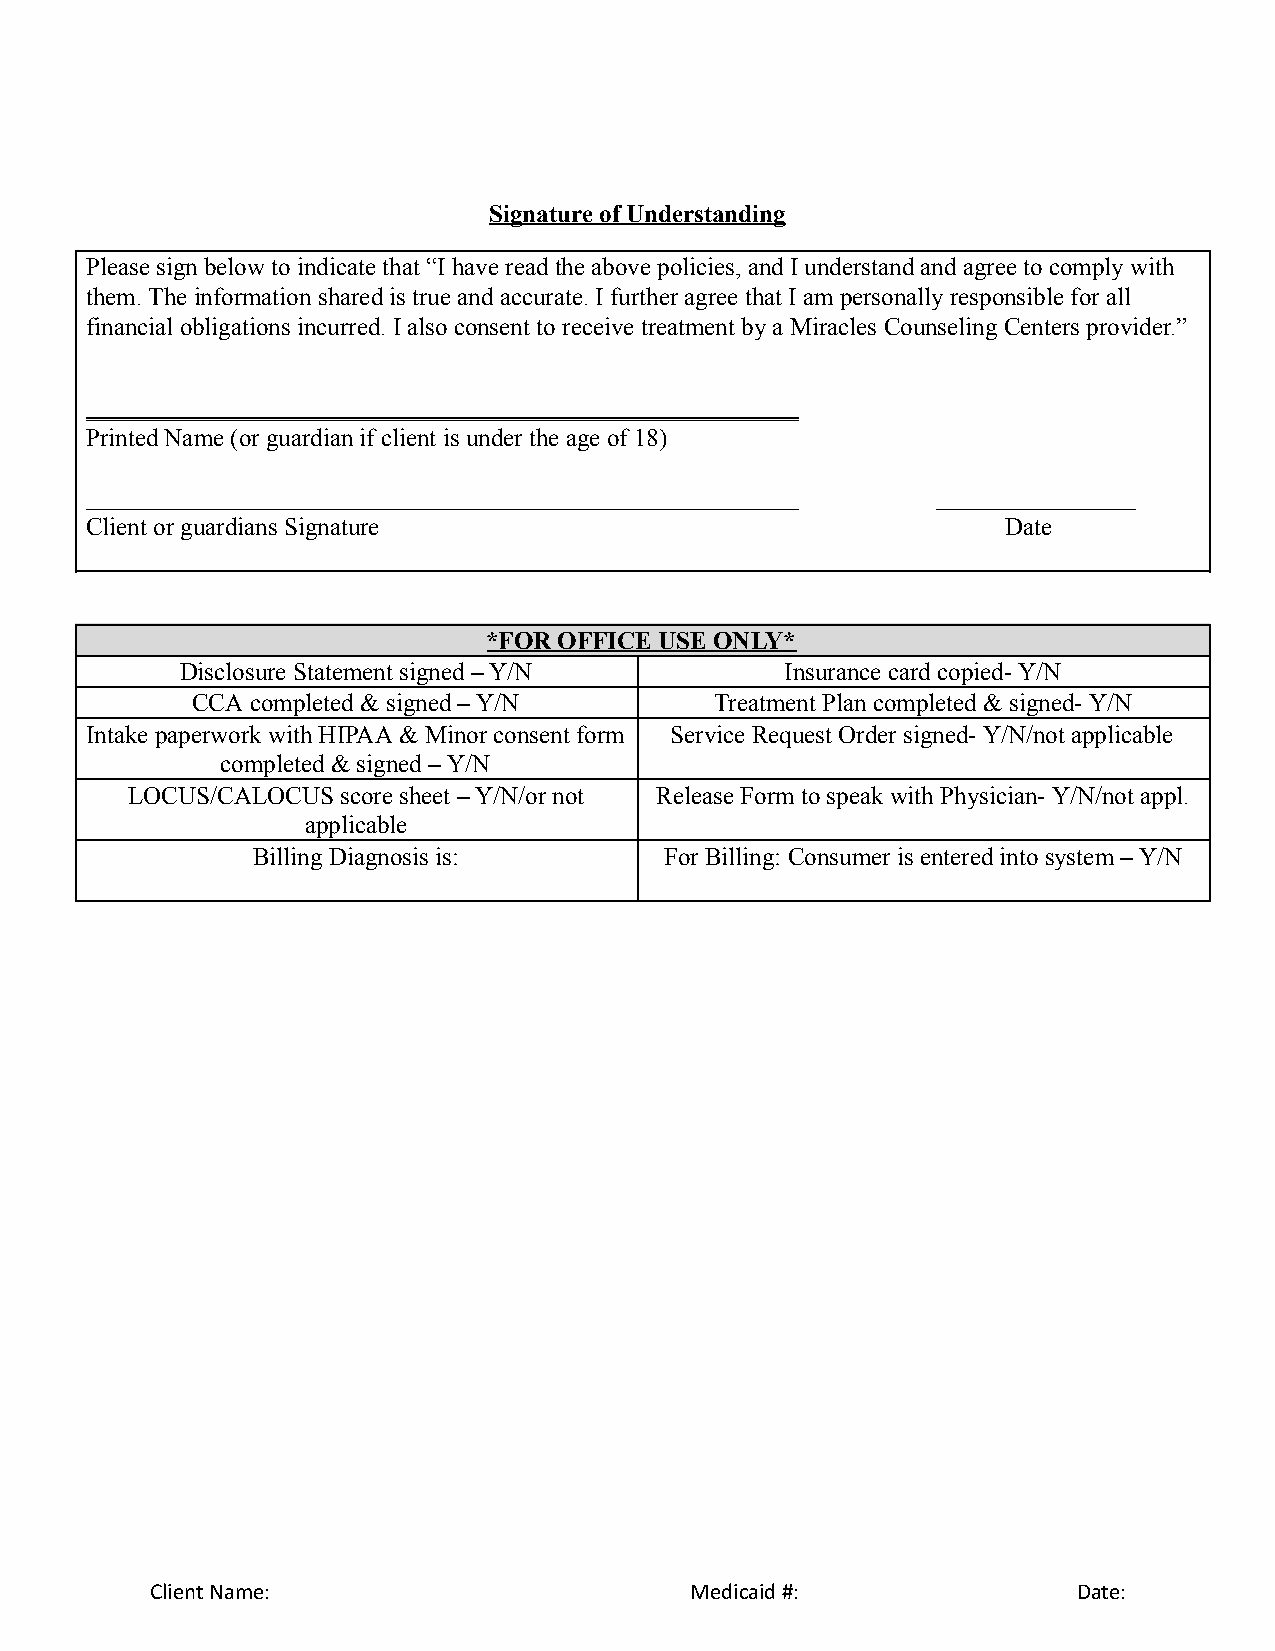
Signature of Understanding
 Please sign below to indicate that “I have read t he above policies, a nd I understand and agree to comply with
 them. The information shared is true and accurate. I further agree that I am p ersonally r esponsible for all
 financial obligations incurred. I also consent to receive t reatment by a Miracles C ounseling C enters provider.”
 _________________________________________________________
 Printed Name (or g uardian if client is under the age o f 18)
 _________________________________________________________ ________________
 Client or guardians Signature                                D ate
 *FOR OFFICE USE ONLY*
 Disclosure Statement signed – Y/N       Insurance card copied- Y /N
 CCA completed & signed – Y/N      Treatment P lan completed & s igned- Y/N
 Intake paperwork with HIPAA & Minor consent form Service Request O rder s igned- Y/N/not applicable
 completed & signed – Y/N
 LOCUS/CALOCUS  score sheet – Y/N/or not Release Form to speak with Physician- Y/N/not appl.
 applicable
 Billing Diagnosis is:      For Billing: Consumer i s entered i nto s ystem – Y/N
 Client Name:                        Medicaid #:              Date: